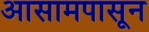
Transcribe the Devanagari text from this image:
आसामपासून